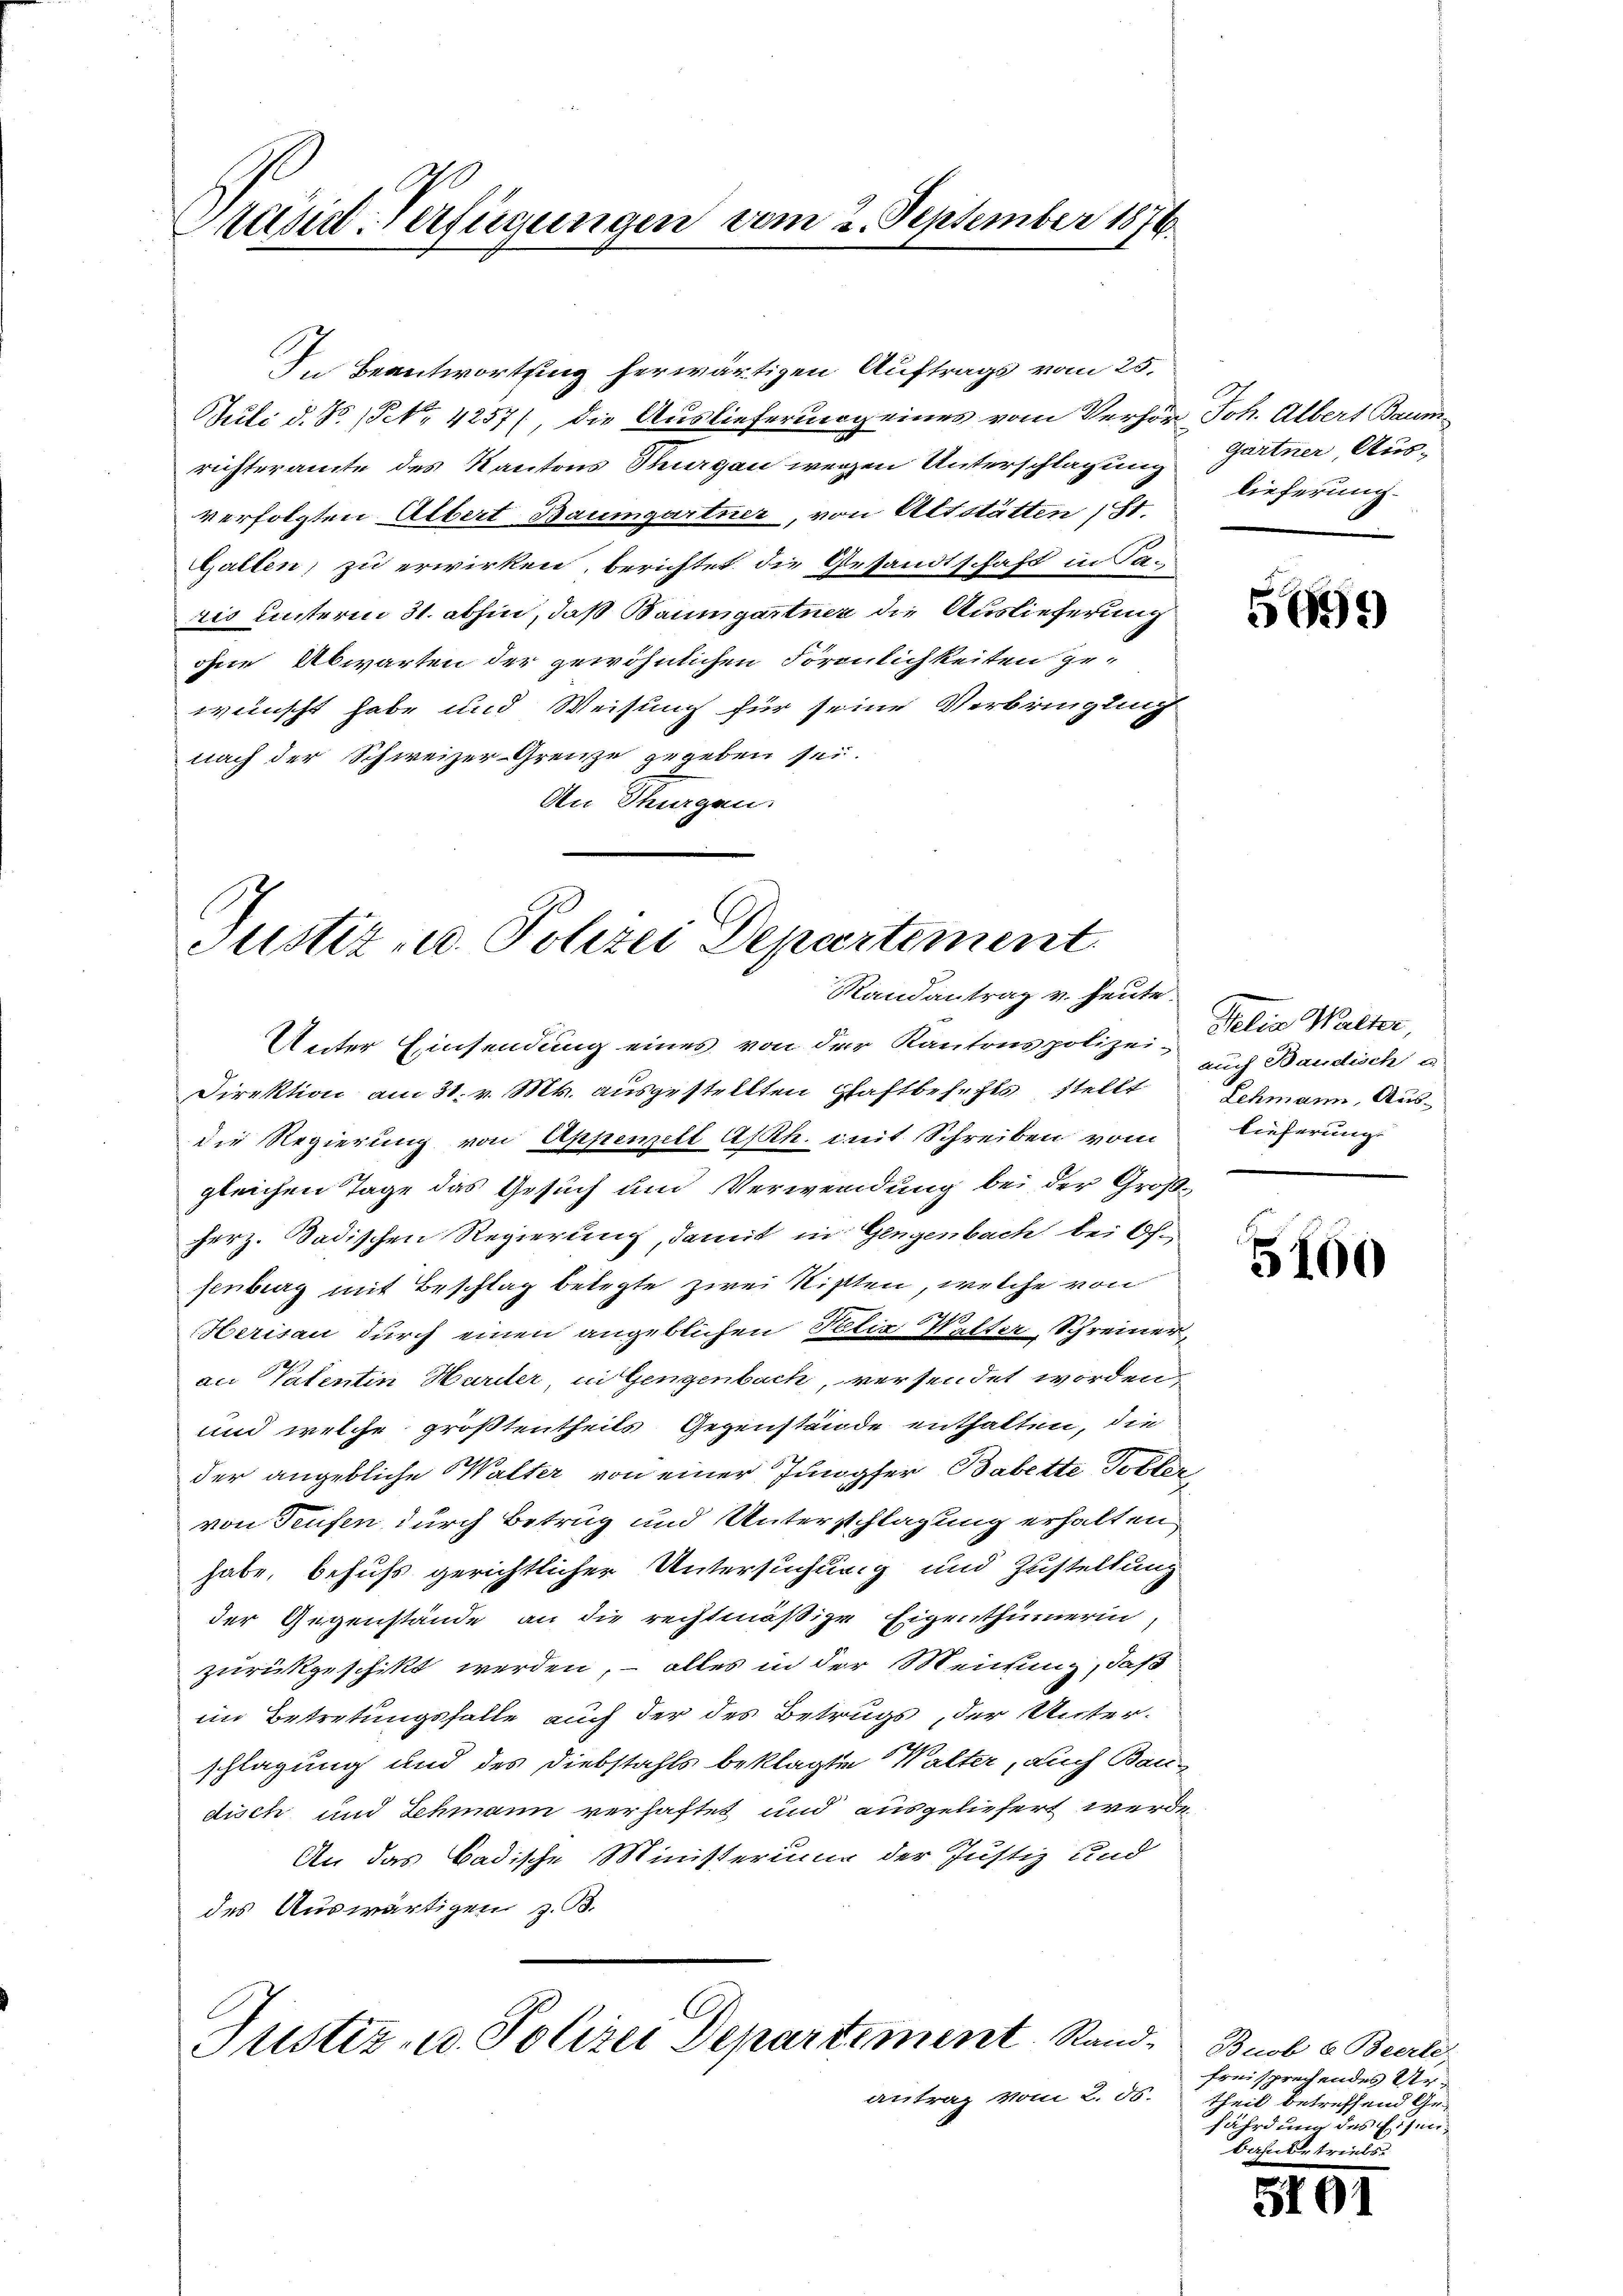
Präsid-Verfügungen vom 2. September 1876.

PJuli d. 8. No. 4257), die Auslieferung eines vom Verhör Joh. Albert Baumrichteramte des Kantons Thurgau wegen Unterschlagung Gärtner, Ausverfolgten Albert Baumgartner, von Altstätten ist.
Gallen, zu erwirken, berichtet die Gesandtschaft in Tario unterm 31. abhin, daß Baumgartner die Auslieferung
ohne Abwarten der gewöhnlichen Förmlichkeiten gewünscht habe und Weisung für seine Verbringung
nach der Schweizer-Grenze gegeben sei.
An Thurgen

In Beantwortung herwärtigen Auftrags vom 25.

Justiz u. Polizei Departement
Randantrag v. heute.

Unter Einsendung eines von der Kantonspolizei-Telia Walter,
Direktion am 31. v. Mts. ausgestellten Haftbefehls stellt
die Regierung von Appenzell Asth. mit Schreiben vom
gleichen Tage das Gesuch und Verwendung bei der Großerz. Dadischen Regierung, damit in Gengenbach bei Of-
senburg mit Beschlag belegte zwei Ritten, welche von
Herisau durch einen angeblichen Felix Walter, Schreiner,
an Patentin Hariter, in Gengenbach, versendet worden,
und welche größtentheils Gegenstände enthalten, die
der angebliche alter von einer Jungfer Babette Totter
von Teufen durch Betrug und Unterschlagung erhalten
habe, behufs gerichtlicher Untersuchung und Zustellung
der Gegenstände an die rechtmäßige Eigenthümerin,
zurückgeschikt werden, – alles in der Meinung, daß
im Betretungsfalle auch der des Betrugs, der Unterschlagung und des Diebstahls beklagten Walter, auch Bau
disch und Schmann verhaftet und ausgeliefert werde
An das Badische Ministerung der Justiz und
des Auswärtigen z. B.

Justiz- u. Polizei Departement Stand. Bnob u. Berli,
antrag vom 2. 50.

lieferung

5699

auch Bandich a
Schmann, Aus-
lieferung

5100

freisprechendes Urtheil betreffend Ge-
fährde des Eisen
bahnbetriebs

5101